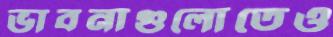
ভাবনাগুলোতেও